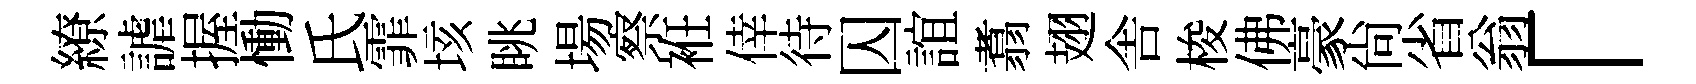
繚謔握慟氏霏垓眺場察袵倖待囚誼翥翅舎梭佛豪尙省翁「